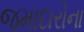
જમાદારોના